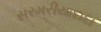
સરમરીયાદાદા